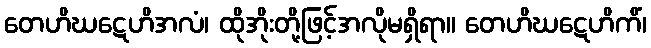
တေဟိဃဋေဟိအလံ၊ ထိုအိုးတို့ဖြင့်အလိုမရှိရာ။ တေဟိဃဋေဟိကိံ၊